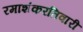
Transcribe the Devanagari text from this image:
रमाशंकरतिवारी